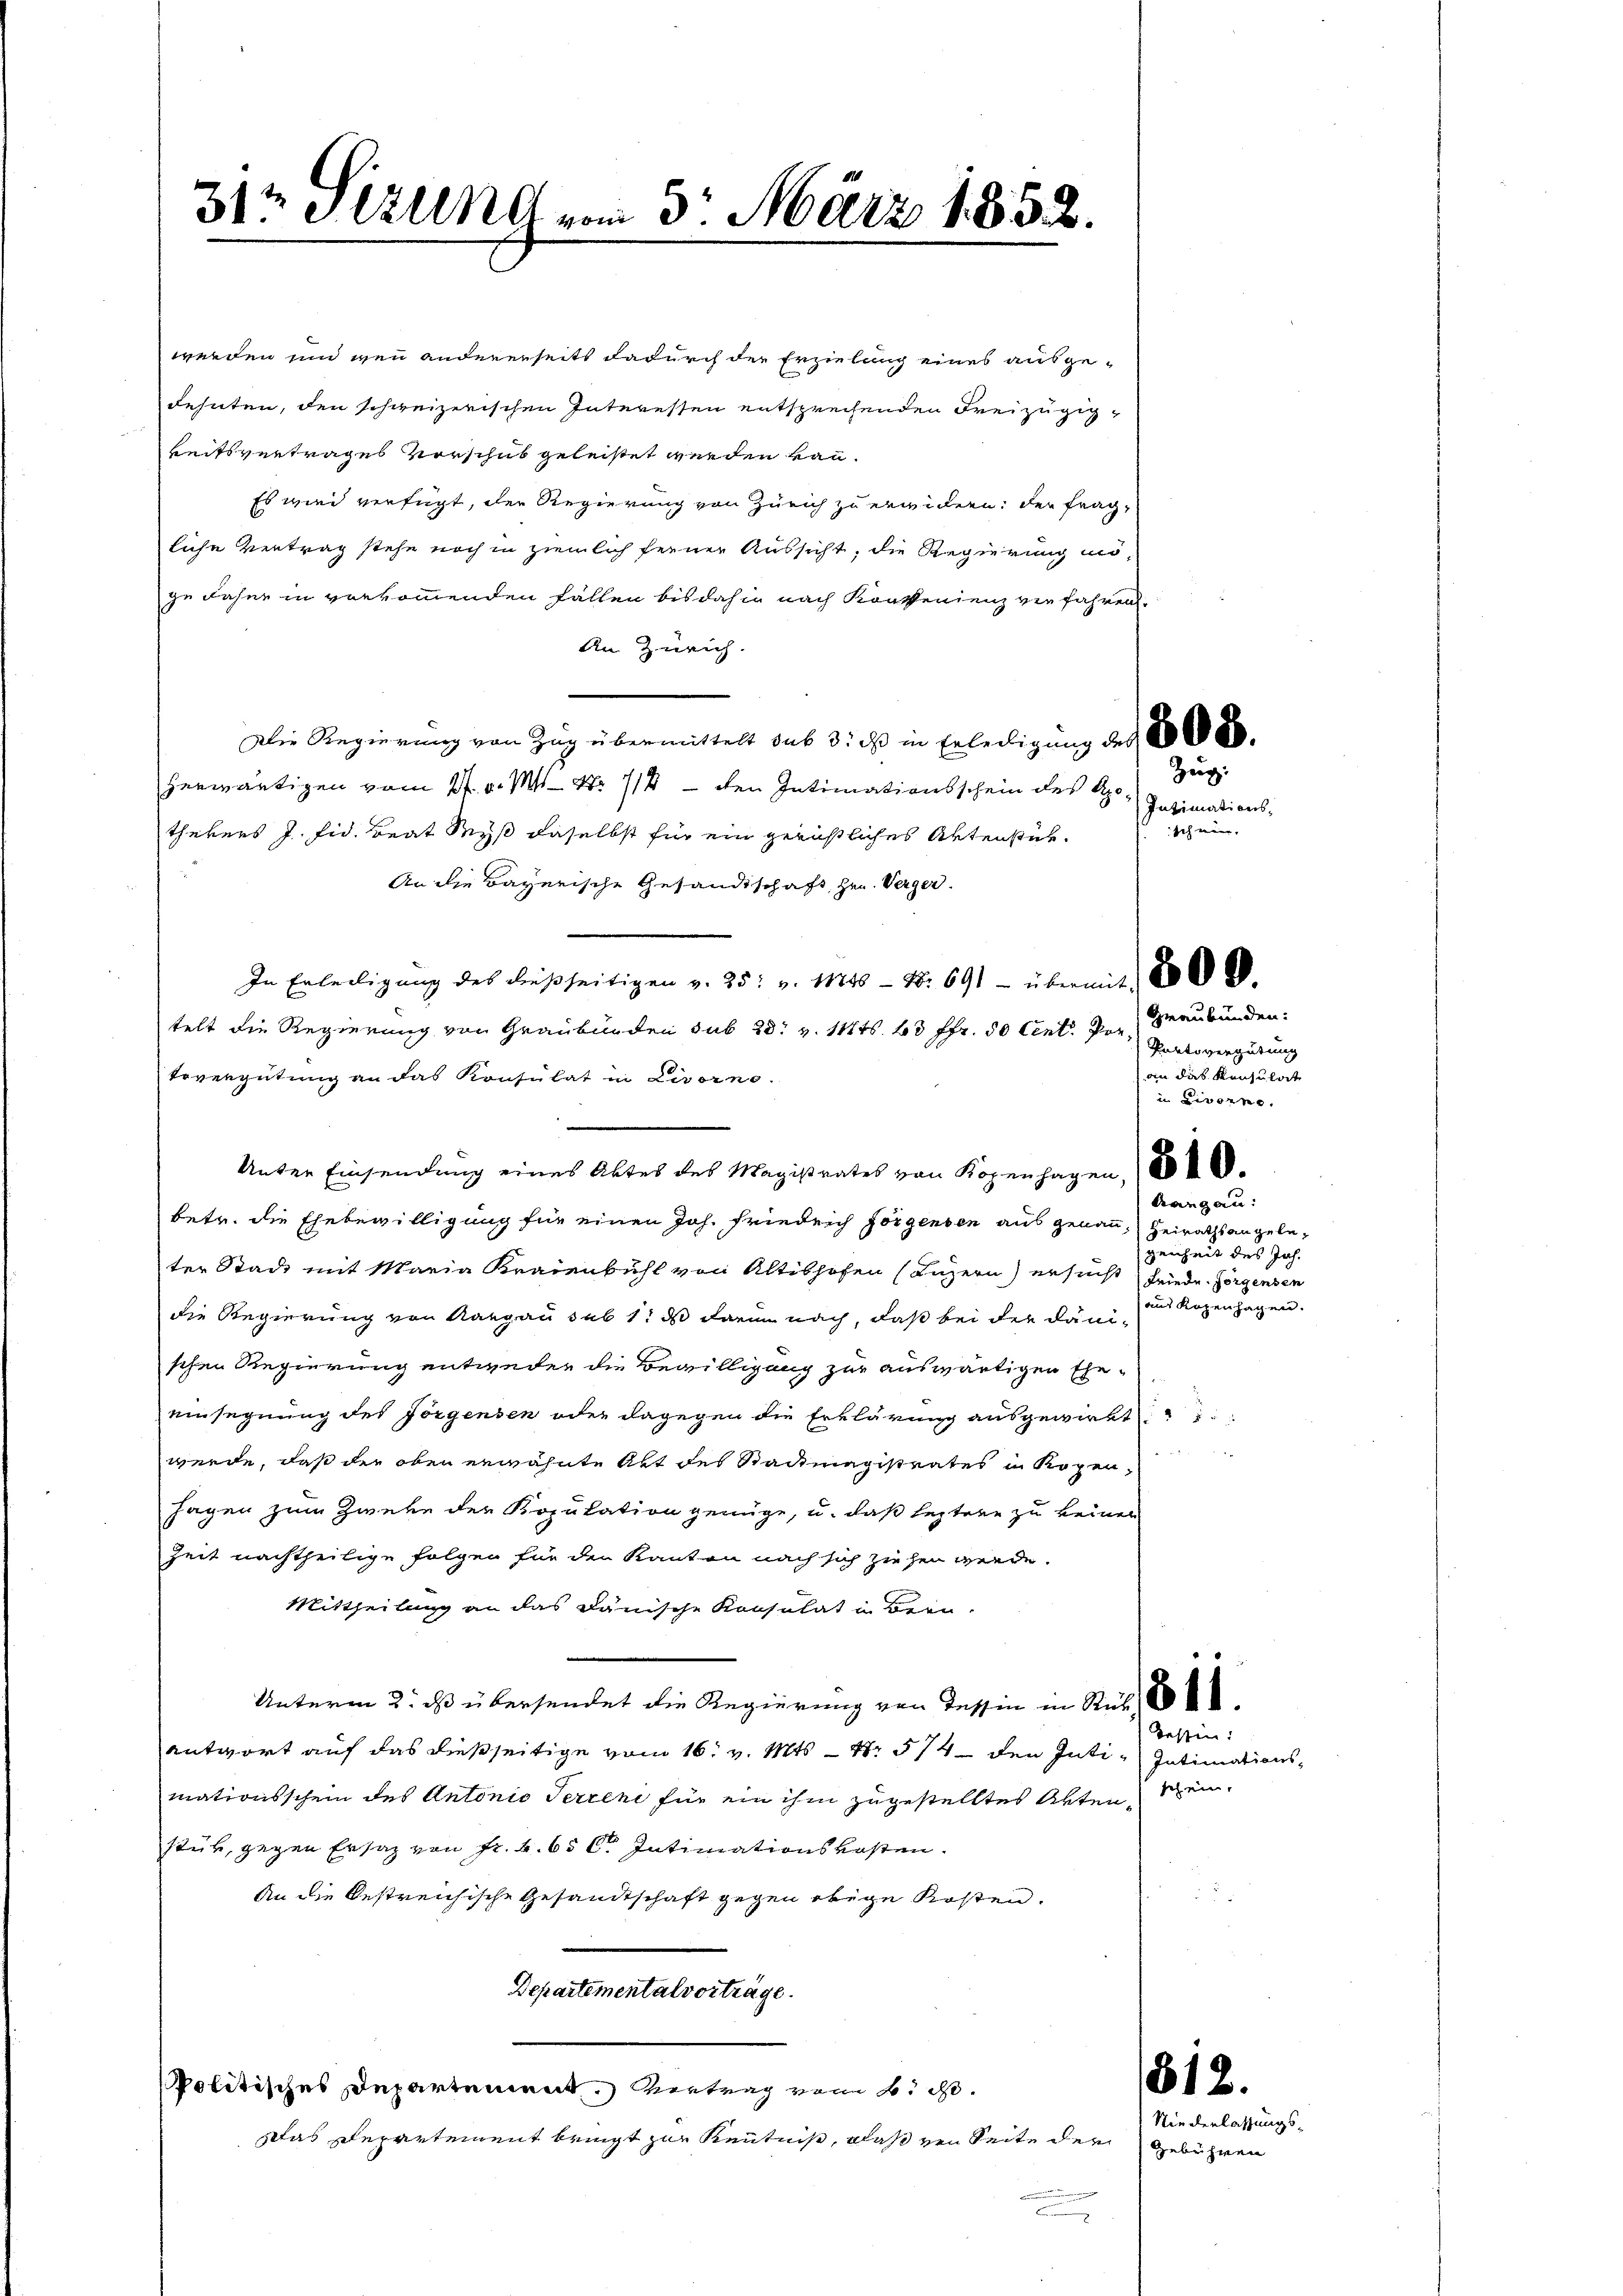
212 Stund vom 3. März 1852.

werden und wen andererseits dadurch der Erzielung eines ausgedehnten, den schweizerischen Interessen entsprechenden Freizügigkeitsvertrages Vorschub geleistet werden kann.
Es wird verfügt, der Regierung von Zürich zu erwidern: der fragliche Vertrag stehe noch in ziemlich ferner Aussicht, die Regierung mö-
ge Fahne in vorkommenden Fällen bis dahin nach Konvenienz verfahren.
An Zürich.
Die Regierung von Zug übermittelt sub 3: es in Erledigung des Ca
herwärtigen vom 27. v. M. Nr. 714 - den Intimationsschein des Apothekers J. fid. Beat Sey daselbst für ein gerichtliches Artenstüh¬
An die Bayerische Gesandtschaft, Hrn. Verger.
In Erledigung des dießseitigen v. 25. v. 11446 - No. 691 - übermit 8000.
telt die Regierung von Graubünden sub 28. v. 11t. 63 ffr. 50 Cent. Por¬
Vovergütung an das Konsulat in Livorno.
betr. die Ehebewilligung für einen Joh. Friedeich sorgenden aus genann, Heirathsangeleter Stadt mit Maria Kraienbühl von Altishofen (Luzern) ersucht Friede Horgensen
die Regierung von Aargau sub 1. ds darin nach, daß bei der Dänischen Regierung entweder die Bewilligung zur auswärtigen Eheeinsegnung des Förgensen oder dagegen die Erklärung ausgewirkt
werde, daß der oben erwähnte Akt des Stadtmagistrates in Kopen
Jagen zum Zweke der Kopulation genüge, u. daß leztere zu keinen
Zeit nachtheilige Folgen für den Kanton nach sich ziehen werde.
Mittheilung an das Dänische Konsulat in Bern-
Unterm 2. ds übersendet die Regierung von Tessin in Sub 10
Tessin:
antwort auf das dießseitige vom 16. v. Mts. – N. 574 den Inti-Intimationsmationsschein des Antonio Terreni für ein ihm zugestelltes Akten Schein-
stük, gegen Ersatz von Fr. 6. 656. Intimationskosten.
An die bestreichische Gesandtschaft gegen obige Kosten.
Departementalvorträge.
Politisches Departement. Vertrag vom 6. d.
Das Repartement bringt zur Kenntniß, daß von Seite der
u

Unter Einsendung eines Aktes des Magistrates von Kopenhagen,

trangau:
genheit des Joh.
aus Kopenhagen.

Zug:
Intimations¬

Graubünden:
Pertovergütung
an das Kanzuleit
in Livorne

.

812.
Niederlassungs¬
Gebühren